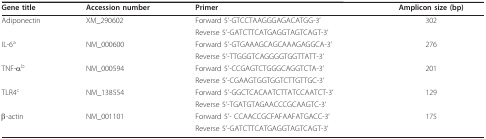
| Gene title | Accession number | Primer | Amplicon size (bp) |
 | --- | --- | --- | --- |
 | Adiponectin | XM_290602 | Forward 5'-GTCCTAAGGGAGACATGG-3' | 302 |
 |  |  | Reverse 5'-GATCTTCATGAGGTAGTCAGT-3' |  |
 | IL-6a | NM_000600 | Forward 5'-GTGAAAGCAGCAAAGAGGCA-3' | 276 |
 |  |  | Reverse 5'-TTGGGTCAGGGGTGGTTATT-3' |  |
 | TNF-αb | NM_000594 | Forward 5'-CCGAGTCTGGGCAGGTCTA-3' | 201 |
 |  |  | Reverse 5'-CGAAGTGGTGGTCTTGTTGC-3' |  |
 | TLR4c | NM_138554 | Forward 5'-GGCTCACAATCTTATCCAATCT-3' | 129 |
 |  |  | Reverse 5'-TGATGTAGAACCCGCAAGTC-3' |  |
 | β-actin | NM_001101 | Forward 5'- CCAACCGCFAFAAFATGACC-3' | 175 |
 |  |  | Reverse 5'-GATCTTCATGAGGTAGTCAGT-3' |  |